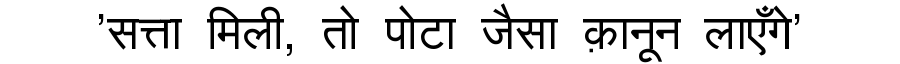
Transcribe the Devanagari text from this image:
'सत्ता मिली, तो पोटा जैसा क़ानून लाएँगे'